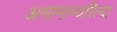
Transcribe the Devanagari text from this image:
असामान्यरित्या